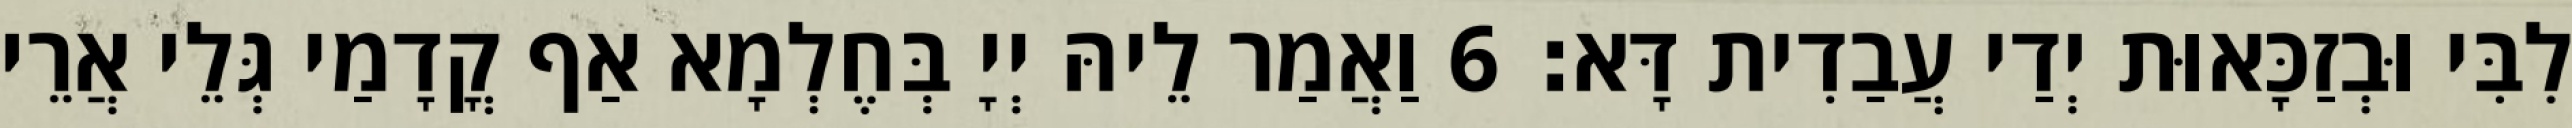
לִבִּי וּבְזַכָּאוּת יְדַי עֲבַדִית דָּא׃ 6 וַאֲמַר לֵיהּ יְיָ בְּחֶלְמָא אַף קֳדָמַי גְּלֵי אֲרֵי